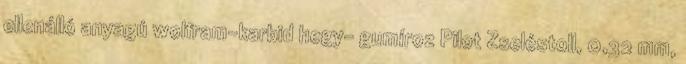
ellenálló anyagú wolfram-karbid hegy- gumíroz Pilot Zseléstoll, 0,32 mm,